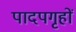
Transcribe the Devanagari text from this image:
पादपगृहों